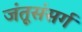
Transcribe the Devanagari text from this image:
जंतूसंसर्ग